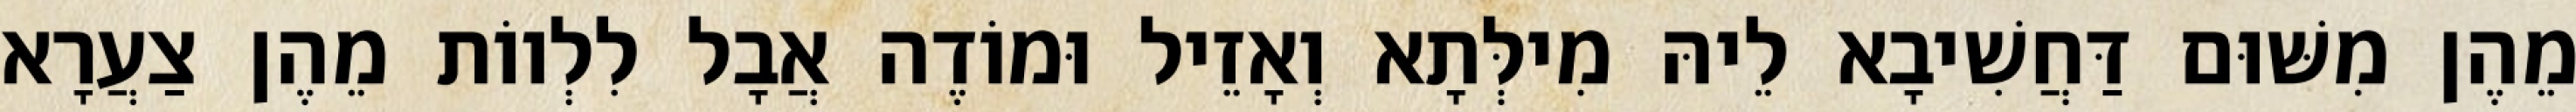
מֵהֶן מִשּׁוּם דַּחֲשִׁיבָא לֵיהּ מִילְּתָא וְאָזֵיל וּמוֹדֶה אֲבָל לִלְווֹת מֵהֶן צַעֲרָא